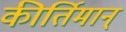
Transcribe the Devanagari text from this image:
कीर्तिमान्